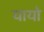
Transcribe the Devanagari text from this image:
यायो